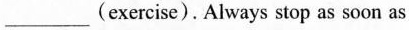
___ (exercise) . Always stop as soon as